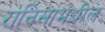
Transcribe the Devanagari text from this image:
रानिसांमधील